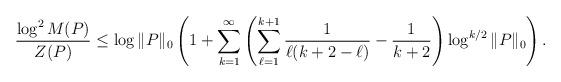
LaTeX: \begin{align*} \frac{\log^2 M(P)}{Z(P)} \leq \log\|P\|_0\left(1+ \sum_{k=1}^\infty\left(\sum_{\ell=1}^{k+1}\frac{1}{\ell(k+2-\ell)} - \frac{1}{k+2}\right)\log^{k/2}\|P\|_0\right).\end{align*}